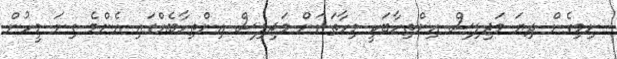
ނިމިގެން ދިޔަ މަޖިލިސް އިންތިހާބަކީ މިހާތަނަށް މަޖިލިސް އިންތިހާބެއްގައި އެންމެ ގިނަ މީހުން